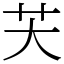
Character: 芖